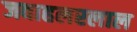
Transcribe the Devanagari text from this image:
जवाहलरलाल